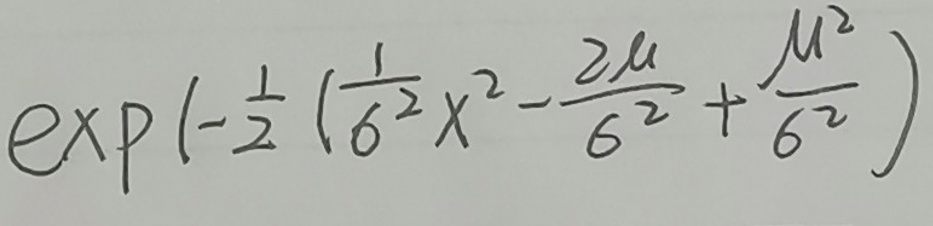
\[\exp\left(-\frac{1}{2}\left(\frac{1}{\sigma^{2}}x^{2}-\frac{2\mu}{\sigma^{2}}+\frac{\mu^{2}}{\sigma^{2}}\right)\right)\]